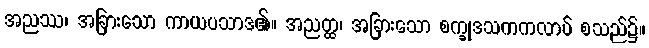
အညဿ၊ အခြားသော ကာယပသာဒ၏။ အညတ္ထ၊ အခြားသော စက္ခုဒသကကလာပ် စသည်၌။